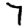
Digit: 7